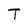
Character: T